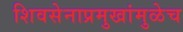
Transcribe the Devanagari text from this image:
शिवसेनाप्रमुखांमुळेच